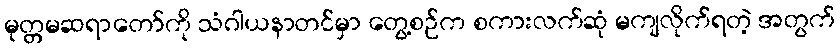
မုတ္တမဆရာတော်ကို သံဂါယနာတင်မှာ တွေ့စဉ်က စကားလက်ဆုံ မကျလိုက်ရတဲ့ အတွက်